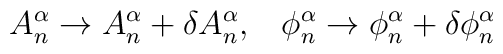
A_n^\alpha \rightarrow A_n^\alpha +\delta A_n^\alpha ,\;\;\;\phi _n^\alpha\rightarrow \phi _n^\alpha +\delta \phi _n^\alpha